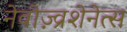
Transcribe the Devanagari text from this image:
नेवोज़्व्रशेनेत्स